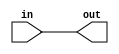
module coreir_orr #(
    parameter width = 1
) (
    input [width-1:0] in,
    output out
);
  assign out = |in;
endmodule

module Or8x4 (
    input [3:0] I0,
    input [3:0] I1,
    input [3:0] I2,
    input [3:0] I3,
    input [3:0] I4,
    input [3:0] I5,
    input [3:0] I6,
    input [3:0] I7,
    output [3:0] O
);
wire orr_inst0_out;
wire orr_inst1_out;
wire orr_inst2_out;
wire orr_inst3_out;
wire [7:0] orr_inst0_in;
assign orr_inst0_in = {I7[0],I6[0],I5[0],I4[0],I3[0],I2[0],I1[0],I0[0]};
coreir_orr #(
    .width(8)
) orr_inst0 (
    .in(orr_inst0_in),
    .out(orr_inst0_out)
);
wire [7:0] orr_inst1_in;
assign orr_inst1_in = {I7[1],I6[1],I5[1],I4[1],I3[1],I2[1],I1[1],I0[1]};
coreir_orr #(
    .width(8)
) orr_inst1 (
    .in(orr_inst1_in),
    .out(orr_inst1_out)
);
wire [7:0] orr_inst2_in;
assign orr_inst2_in = {I7[2],I6[2],I5[2],I4[2],I3[2],I2[2],I1[2],I0[2]};
coreir_orr #(
    .width(8)
) orr_inst2 (
    .in(orr_inst2_in),
    .out(orr_inst2_out)
);
wire [7:0] orr_inst3_in;
assign orr_inst3_in = {I7[3],I6[3],I5[3],I4[3],I3[3],I2[3],I1[3],I0[3]};
coreir_orr #(
    .width(8)
) orr_inst3 (
    .in(orr_inst3_in),
    .out(orr_inst3_out)
);
assign O = {orr_inst3_out,orr_inst2_out,orr_inst1_out,orr_inst0_out};
endmodule